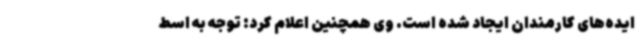
ایده‌های کارمندان ایجاد شده است. وی همچنین اعلام کرد: توجه به اسط